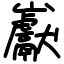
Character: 巚